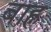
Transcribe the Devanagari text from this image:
बाह्न